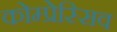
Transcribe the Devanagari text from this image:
कोम्प्रेस्सिव